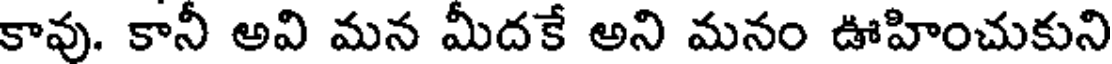
కావు. కానీ అవి మన మీదకే అని మనం ఊహించుకుని